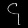
Digit: ၄